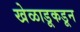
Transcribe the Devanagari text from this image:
खेळाडूकडून